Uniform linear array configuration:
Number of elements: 48
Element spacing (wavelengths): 0.5
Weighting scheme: uniform
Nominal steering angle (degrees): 30
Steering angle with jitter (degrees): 31.931
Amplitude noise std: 0.05
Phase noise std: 0.05

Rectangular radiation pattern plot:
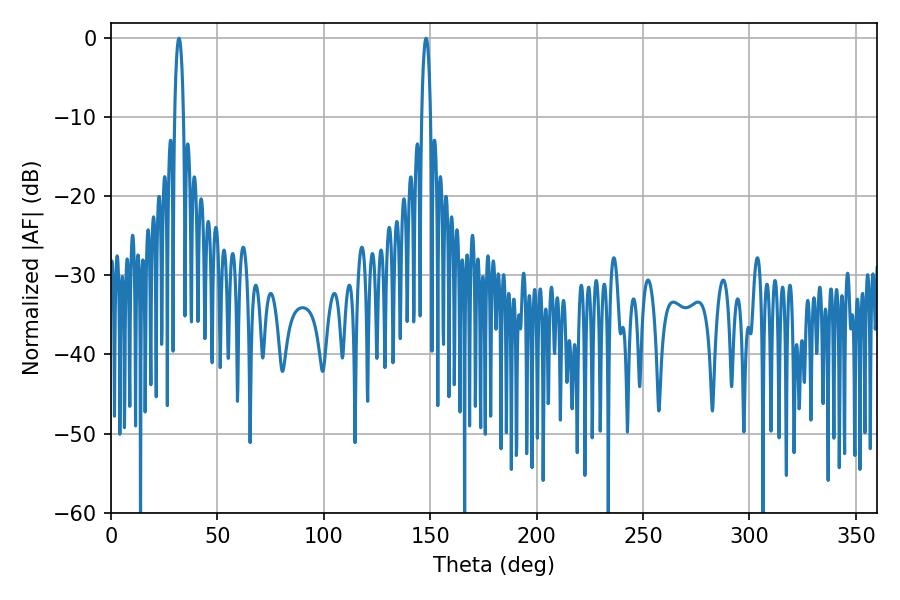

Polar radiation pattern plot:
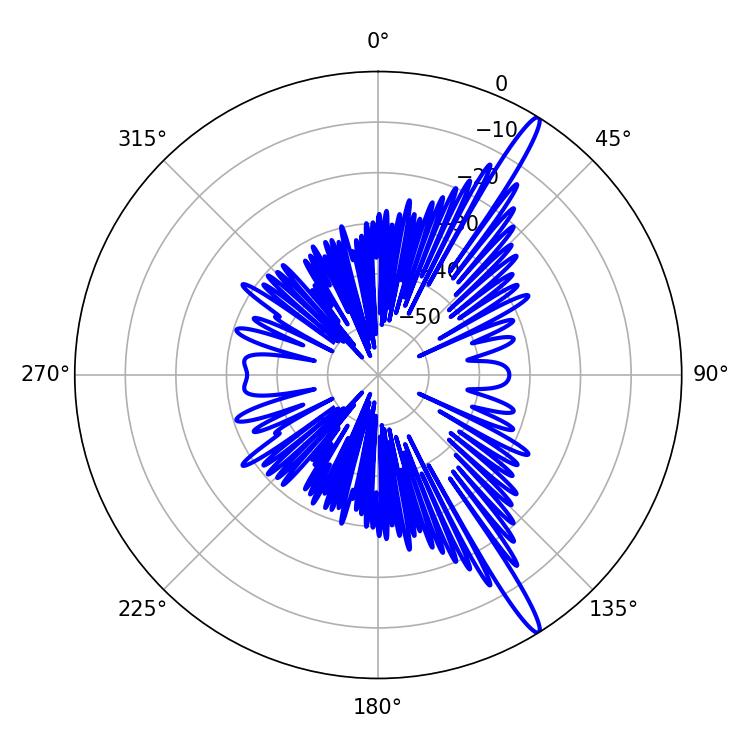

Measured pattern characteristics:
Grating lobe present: FALSE
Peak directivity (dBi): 15.893
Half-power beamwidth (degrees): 2.34
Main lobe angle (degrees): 148.14